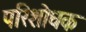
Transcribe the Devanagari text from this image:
परिशोधक